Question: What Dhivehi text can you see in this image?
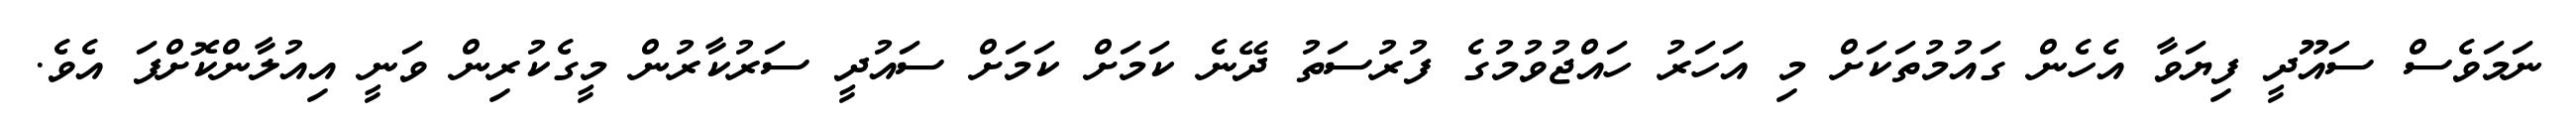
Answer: ނަމަވެސް ސައޫދީ ފިޔަވާ އެހެން ގައުމުތަކަށް މި އަހަރު ހައްޖުވުމުގެ ފުރުސަތު ދޭނެ ކަމަށް ކަމަށް ސައުދީ ސަރުކާރުން މީގެކުރިން ވަނީ އިއުލާންކޮށްފަ އެވެ.